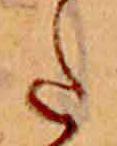
た